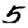
Digit: 5